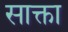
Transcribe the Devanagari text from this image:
साक्ता